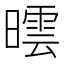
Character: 𣊯